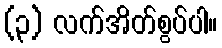
(၃) လက်အိတ်စွပ်ပါ။